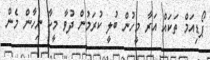
ޕޯޑިއަމް ތަކައް އަރާ މީހުން ބުލީ ކުރަމުން ދުވާ މީހާ ނިހާން މެން